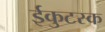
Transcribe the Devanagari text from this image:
ईकुटस्क